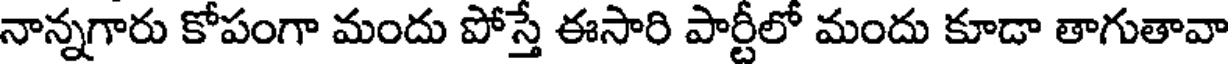
నాన్నగారు కోపంగా మందు పోస్తే ఈసారి పార్టీలో మందు కూడా తాగుతావా